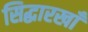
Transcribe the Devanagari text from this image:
सिद्धारखाँ